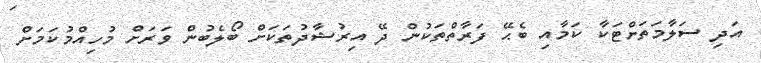
އަދި ސަލާމަތަށްޓަކާ ކަމާއި ބެޙޭ ފަރާތްތަކުން ދޭ އިރުޝާދުތަކަށް ބޯލެބުން ވަރަށް މުހިއްމުކަމަށް